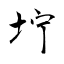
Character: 坾